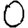
Digit: 0